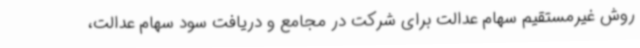
روش غیرمستقیم سهام عدالت برای شرکت در مجامع و دریافت سود سهام عدالت،